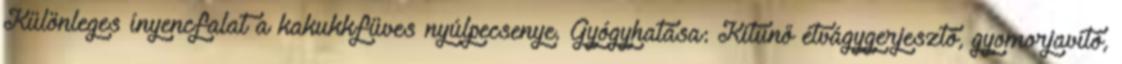
Különleges ínyencfalat a kakukkfüves nyúlpecsenye. Gyógyhatása: Kitűnő étvágygerjesztő, gyomorjavító,